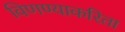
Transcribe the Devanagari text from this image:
विणण्याकरिता